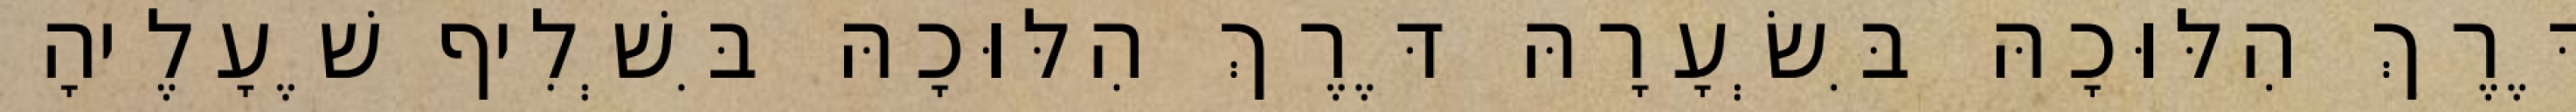
דֶּרֶךְ הִלּוּכָהּ בִּשְׂעָרָהּ דֶּרֶךְ הִלּוּכָהּ בִּשְׁלִיף שֶׁעָלֶיהָ